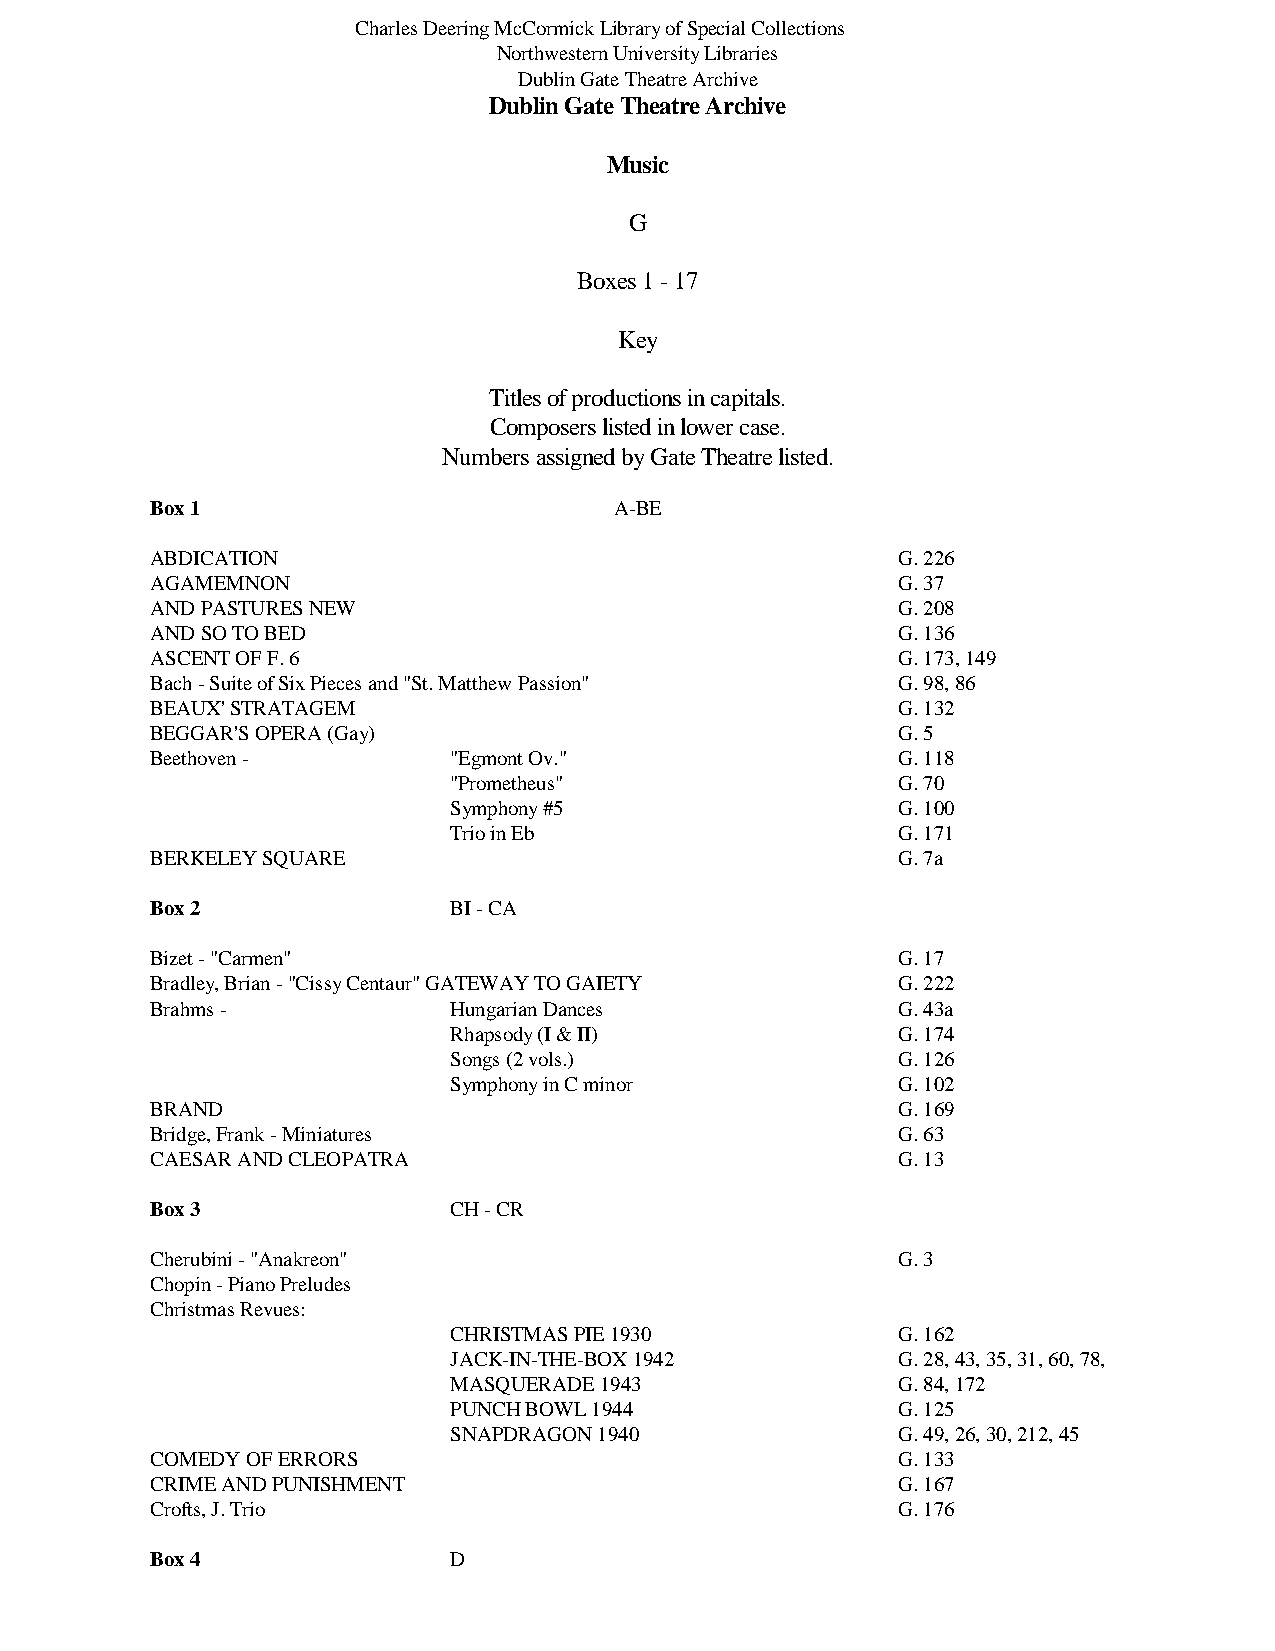
Charles Deering McCormick Library of Special Collections
 Northwestern University Libraries
 Dublin Gate Theatre Archive
 Dublin Gate Theatre Archive
 Music
 G
 Boxes 1 - 17
 Key
 Titles of productions in capitals.
 Composers listed in lower case.
 Numbers assigned by Gate Theatre listed.
 Box 1                          A-BE
 ABDICATION                                       G. 226
 AGAMEMNON                                        G. 37
 AND PASTURES NEW                                 G. 208
 AND SO TO BED                                    G. 136
 ASCENT OF F. 6                                   G. 173, 149
 Bach - Suite of Six Pieces and "St. Matthew Passion" G. 98, 86
 BEAUX' STRATAGEM                                 G. 132
 BEGGAR'S OPERA (Gay)                             G. 5
 Beethoven -         "Egmont Ov."                 G. 118
 "Prometheus"                 G. 70
 Symphony #5                  G. 100
 Trio in Eb                   G. 171
 BERKELEY SQUARE                                  G. 7a
 Box 2               BI - CA
 Bizet - "Carmen"                                 G. 17
 Bradley, Brian - "Cissy Centaur" GATEWAY TO GAIETY G. 222
 Brahms -            Hungarian Dances             G. 43a
 Rhapsody (I & II)            G. 174
 Songs (2 vols.)              G. 126
 Symphony in C minor          G. 102
 BRAND                                            G. 169
 Bridge, Frank - Miniatures                       G. 63
 CAESAR AND CLEOPATRA                             G. 13
 Box 3               CH - CR
 Cherubini - "Anakreon"                           G. 3
 Chopin - Piano Preludes
 Christmas Revues:
 CHRISTMAS PIE 1930           G. 162
 JACK-IN-THE-BOX 1942         G. 28, 43, 35, 31, 60, 78,    115
 MASQUERADE 1943              G. 84, 172
 PUNCH BOWL 1944              G. 125
 SNAPDRAGON 1940              G. 49, 26, 30, 212, 45
 COMEDY OF ERRORS                                 G. 133
 CRIME AND PUNISHMENT                             G. 167
 Crofts, J. Trio                                  G. 176
 Box 4               D